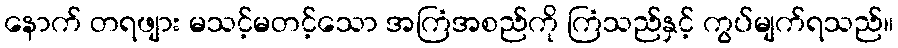
နောက် တရဖျား မသင့်မတင့်သော အကြံအစည်ကို ကြံသည်နှင့် ကွပ်မျက်ရသည်။